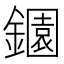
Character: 𬬎